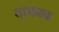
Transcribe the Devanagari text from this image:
वाकाव